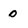
Character: 0